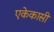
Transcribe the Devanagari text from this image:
एकेकासी